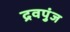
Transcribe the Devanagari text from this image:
द्रवपुंज